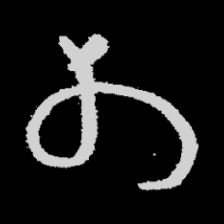
Pyu character \u2014 Myanmar letter: တ (romanized: ta)